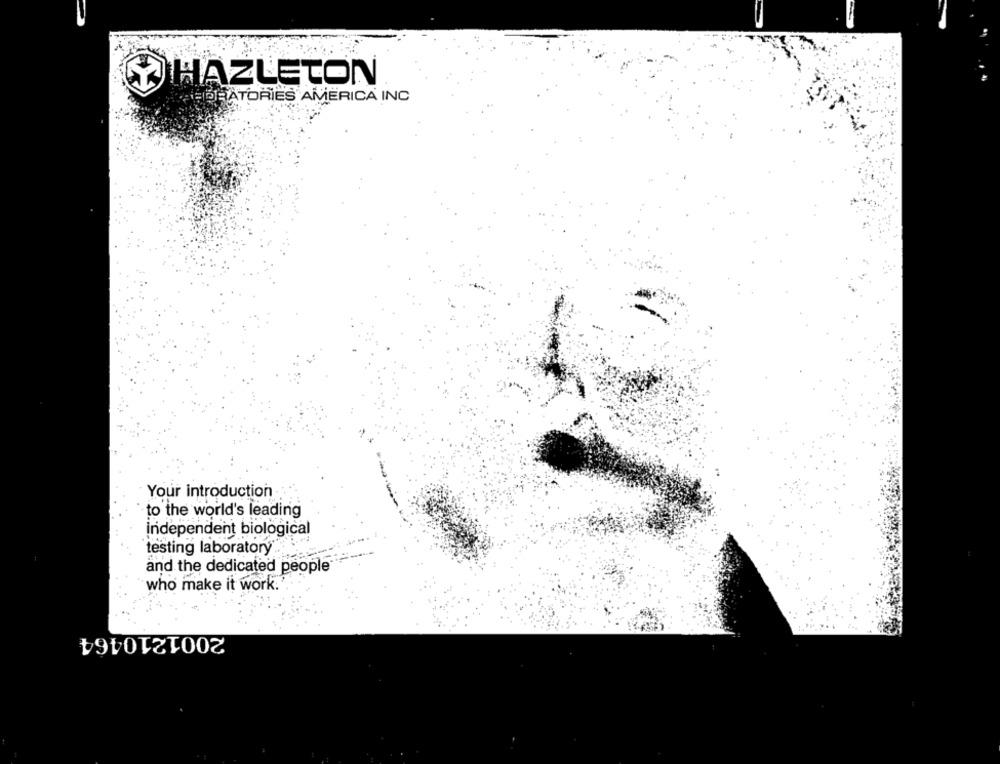
HAZLETON
HORATORIES AMERICA INC
Your introduction
to the world's leading
independent biological
testing laboratory
and the dedicated people
who make it work.'
2001210464